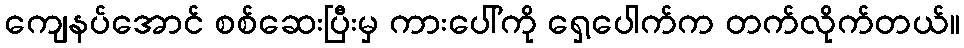
ကျေနပ်အောင် စစ်ဆေးပြီးမှ ကားပေါ်ကို ရှေ့ပေါက်က တက်လိုက်တယ်။